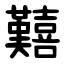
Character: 囏